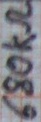
Text: 680kΩ